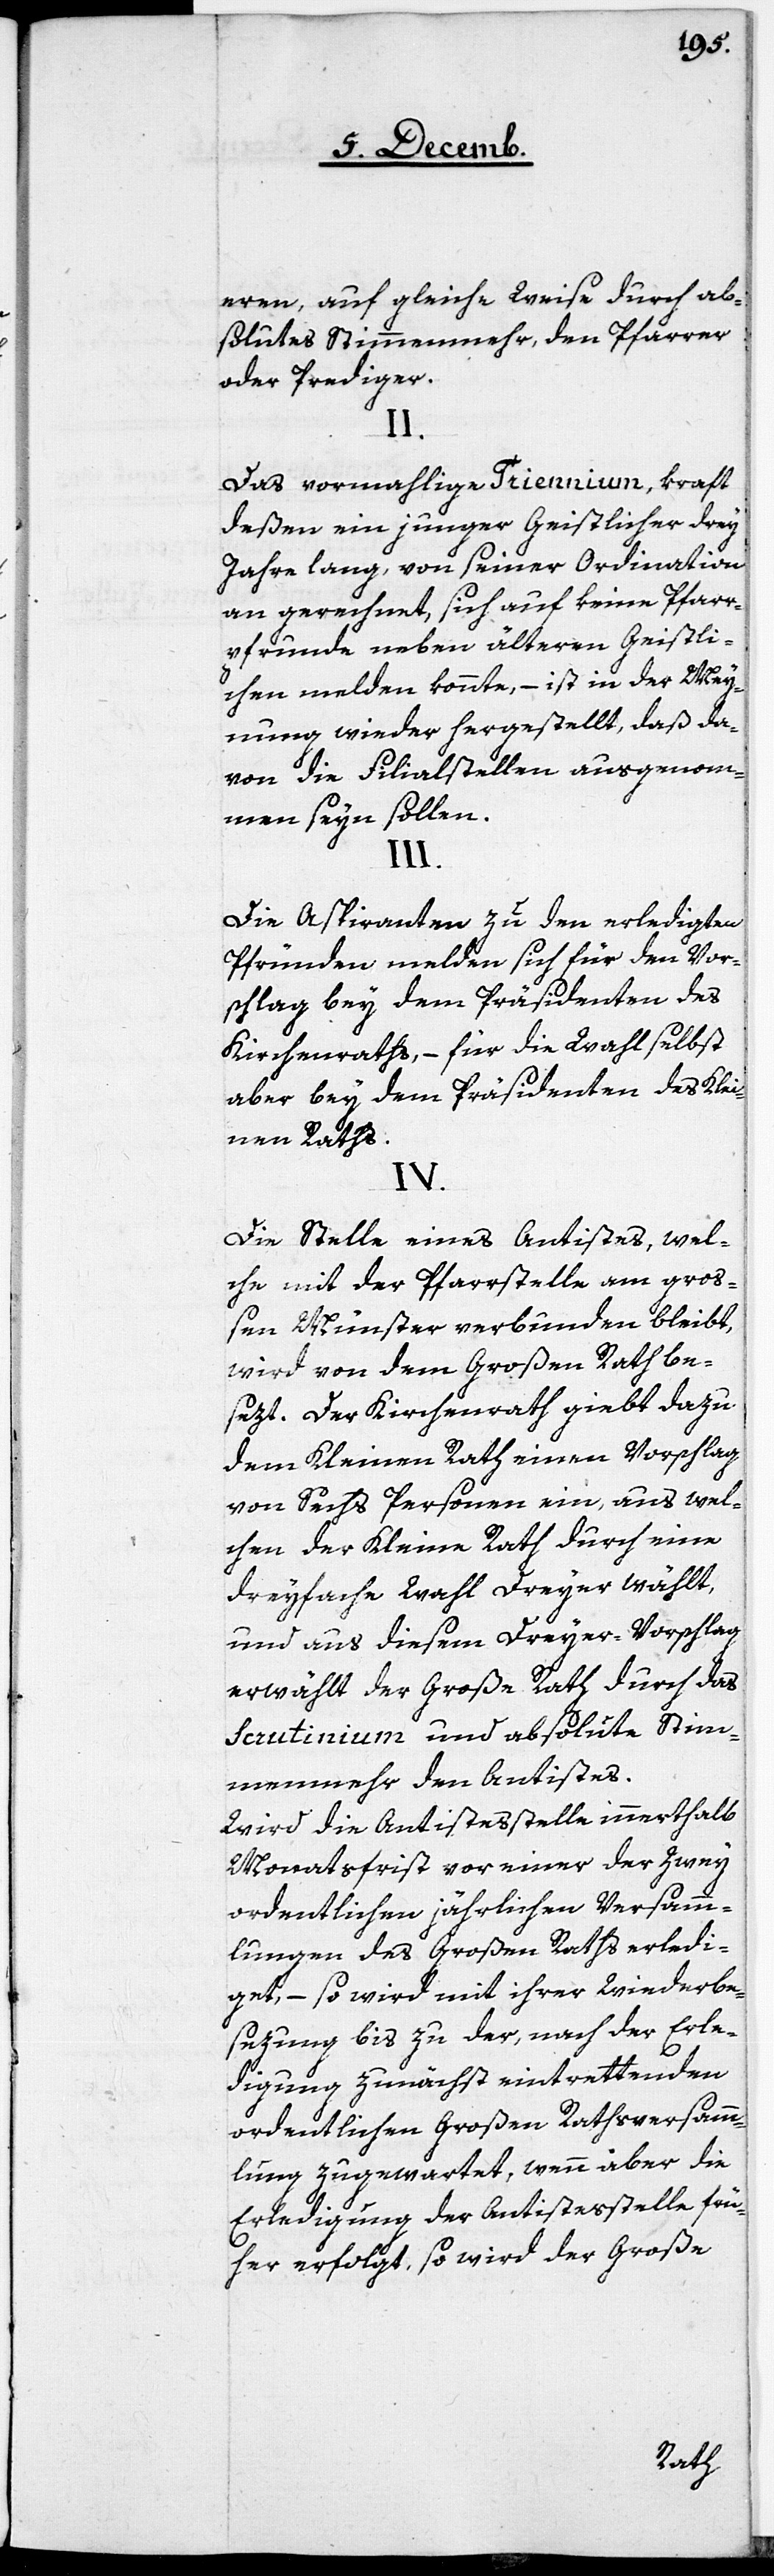
eren, auf gleiche Weise durch ab¬
solutes Stimmenmehr, den Pfarrer
oder Prediger.
II.
Das vormahlige Triennium, kraft
deßen ein junger Geistlicher drey
Jahre lang, von seiner Ordination
an gerechnet, sich auf keine Pfarr¬
pfrunde neben älteren Geistli¬
chen melden könnte, – ist in der Mey¬
nung wieder hergestellt, daß da¬
von die Filialstellen ausgenom¬
men seyn sollen.
III.
Die Aspiranten zu den erledigten
Pfründen melden sich für den Vor¬
schlag bey dem Präsidenten des
Kirchenraths, – für die Wahl selbst
aber bey dem Präsidenten des Klei¬
nen Raths.
IV.
Die Stelle eines Antistes, wel¬
che mit der Pfarrstelle am groß¬
en Münster verbunden bleibt,
wird von dem Großen Rath be¬
sezt. Der Kirchenrath giebt dazu
dem Kleinen Rath einen Vorschlag
von Sechs Personen ein, aus wel¬
chen der Kleine Rath durch eine
dreyfache Wahl Dreyer wählt,
und aus diesem Dreyer-Vorschlag
erwählt der Große Rath durch das
Scrutinium und absolute Stim¬
menmehr den Antistes.
Wird die Antistesstelle innerthalb
Monatsfrist vor einer der Zwey
ordentlichen jährlichen Versamm¬
lungen des Großen Raths erledi¬
get, – so wird mit ihrer Wiederbe¬
sezung bis zu der, nach der Erle¬
digung zunächst eintrettenden
ordentlichen Großen Rathsversamm¬
lung zugewartet, wenn über die
Erledigung der Antistesstelle frü¬
her erfolgt, so wird der Große